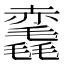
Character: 𧹺